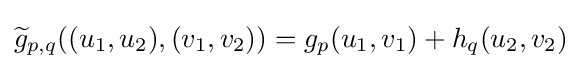
{\widetilde {g}}_{p,q}((u_{1},u_{2}),(v_{1},v_{2}))=g_{p}(u_{1},v_{1})+h_{q}(u_{2},v_{2})